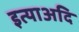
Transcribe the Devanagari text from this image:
इत्याअदि